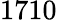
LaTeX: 1710